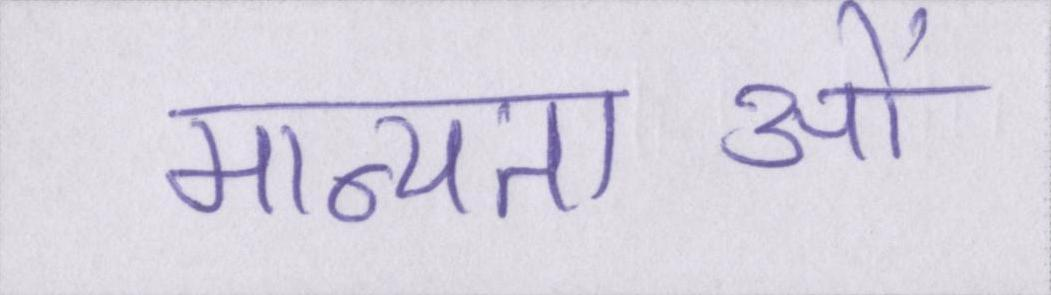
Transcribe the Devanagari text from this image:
मान्यताओं